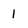
Character: 1